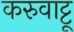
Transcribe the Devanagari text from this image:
करुवाट्टू